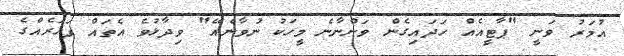
އުމަރު ވަނީ "ޕާޓީއެއް ހަދައިގެން ވަންނާނެ މީހަކު ނުވާނެއޭ" ވިދާޅުވެ އެތައް ފަހަރެއްގެ